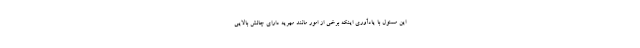
این مسئول با یادآوری اینکه برخی از امور مانند مهریه دارای چالش بالایی